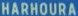
HARHOURA